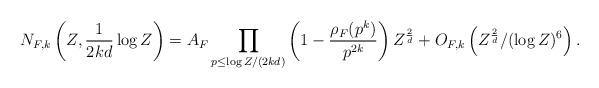
LaTeX: \begin{align*} N_{F,k}\left(Z, \frac{1}{2kd} \log Z \right) = A_F \prod_{p \leq \log Z/(2kd)} \left(1 - \frac{\rho_F(p^k)}{p^{2k}} \right) Z^{\frac{2}{d}} + O_{F,k} \left(Z^{\frac{2}{d}}/ (\log Z)^{6} \right). \end{align*}